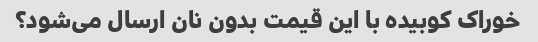
خوراک کوبیده با این قیمت بدون نان ارسال می‌شود؟